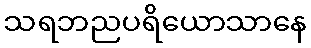
သရဘညပရိယောသာနေ